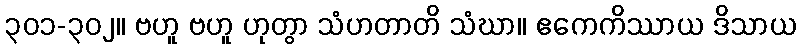
၃၀၁-၃၀၂။ ဗဟူ ဗဟူ ဟုတွာ သံဟတာတိ သံဃာ။ ဧကေကိဿာယ ဒိသာယ